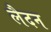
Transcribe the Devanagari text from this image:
लैदन